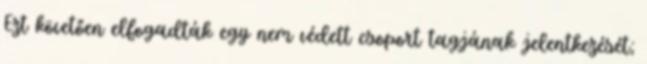
Ezt követően elfogadták egy nem védett csoport tagjának jelentkezését;